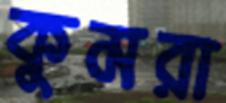
কুমরা